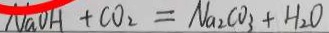
N a O H + C O _ { 2 } = N a _ { 2 } C O _ { 3 } + H _ { 2 } O